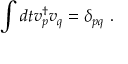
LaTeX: \int d t v _ { p } ^ { \dagger } v _ { q } = \delta _ { p q } ~ .